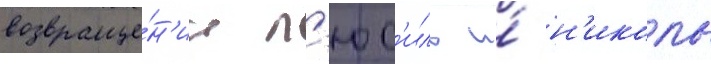
возвраще́н'ии л'юс'иль и́ н'иколь